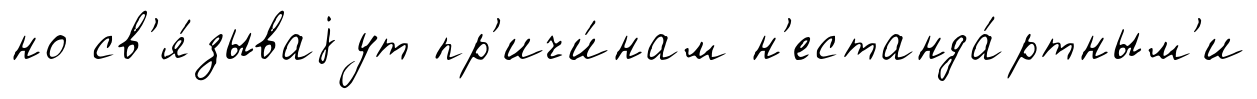
но св'я́зываjут пр'ичи́нам н'естанда́ртным'и